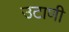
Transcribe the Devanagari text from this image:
उटाणी